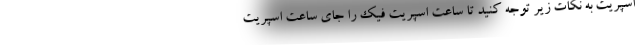
اسپریت به نکات زیر توجه کنید تا ساعت اسپریت فیک را جای ساعت اسپریت